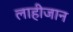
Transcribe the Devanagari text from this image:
लाहीजान